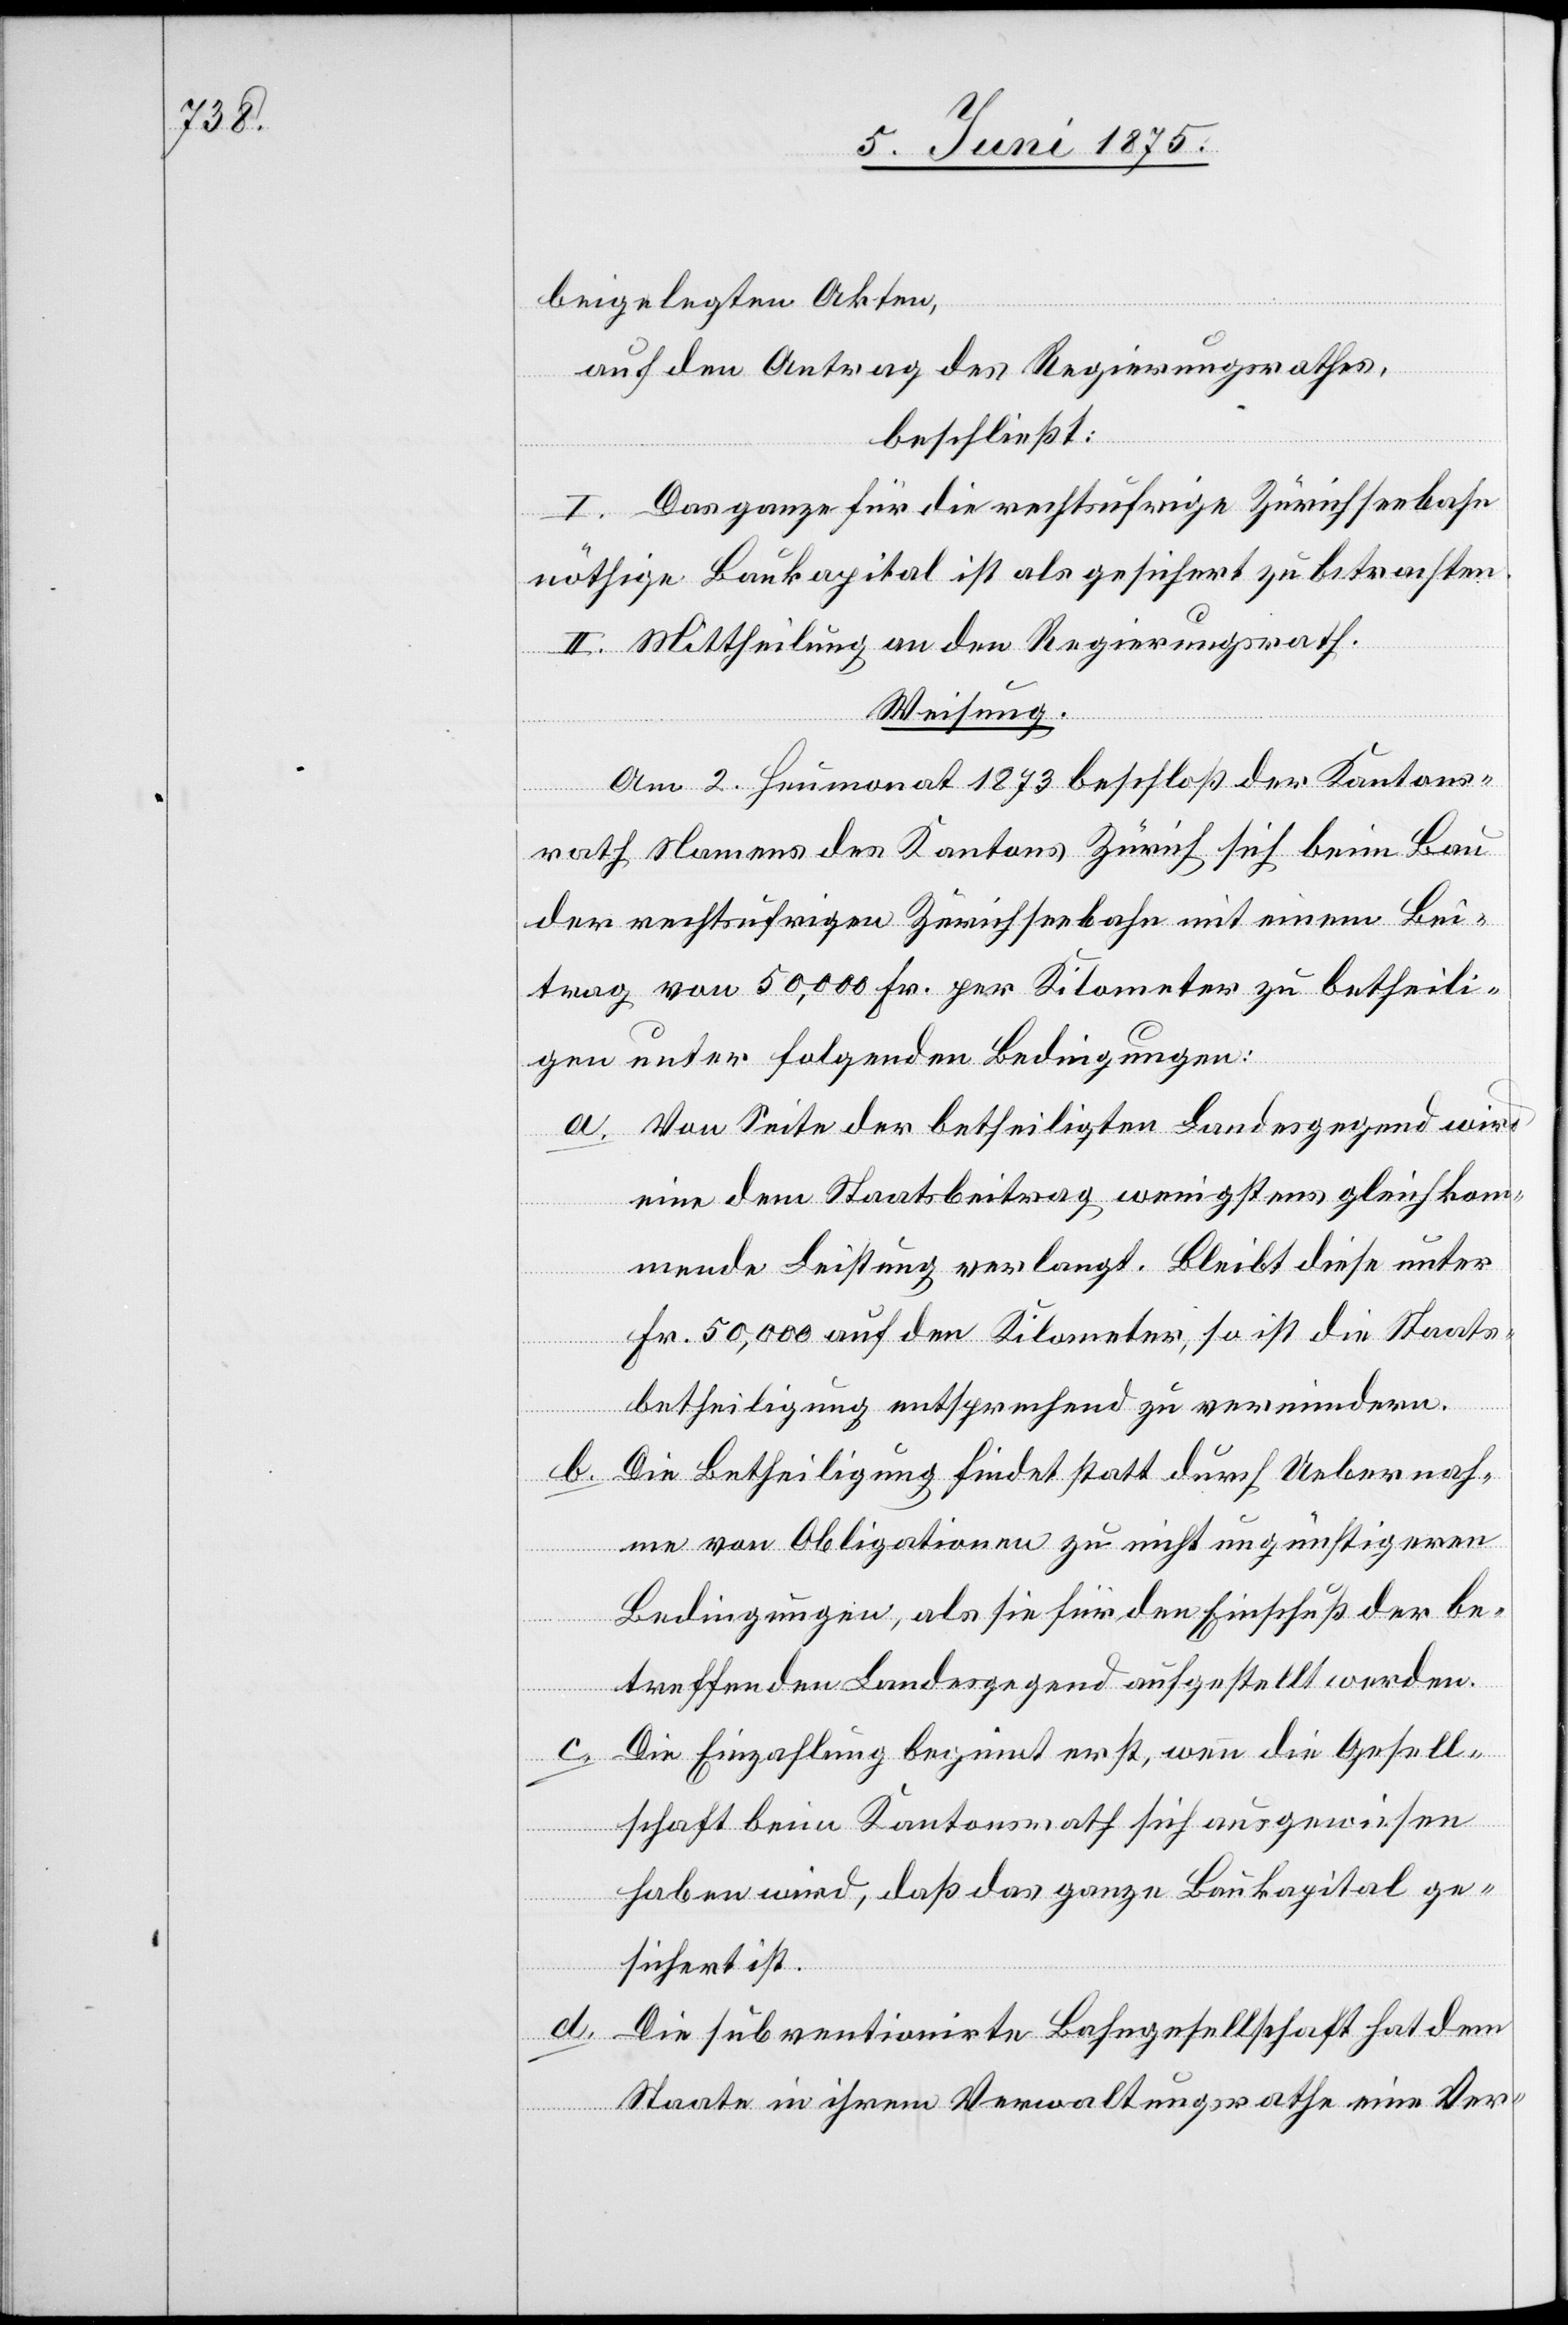
beigelegten Akten,
auf den Antrag des Regierungsrathes,
beschließt:
I. Das ganze für die rechtsufrige Zürichseebahn
nöthige Baukapital ist als gesichert zu betrachten.
II. Mittheilung an den Regierungsrath.
Weisung.
Am 2. Heumonat 1873 beschloß der Kantons¬
rath Namens des Kantons Zürich sich beim Bau
der rechtsufrigen Zürichseebahn mit einem Bei¬
trag von 50,000 Fr. per Kilometer zu betheili¬
gen unter folgenden Bedingungen:
a. Von Seite der betheiligten Landesgegend wird
eine dem Staatsbeitrag wenigstens gleichkom¬
mende Leistung verlangt. Bleibt diese unte¬
r 50,000 Fr. auf den Kilometer, so ist die Staats¬
betheiligung entsprechend zu vermindern.
b. Die Betheiligung findet statt durch Uebernah¬
me von Obligationen zu nicht ungünstigeren
Bedingungen, als sie für den Einschuß der be¬
treffenden Landesgegend aufgestellt werden.
Die Einzahlung beginnt erst, wenn die Gesell¬
schaft beim Kantonsrath sich ausgewiesen
haben wird, daß das ganze Baukapital ge¬
sichert ist.
d.
Die subventionierte Bahngesellschaft hat dem
Staate in ihrem Verwaltungsrathe eine Ver-